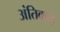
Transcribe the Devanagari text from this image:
अंतिकाड़